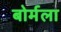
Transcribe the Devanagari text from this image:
बोर्मला